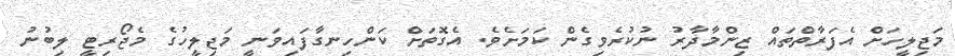
މަޖިލީހަށް އެފަރާތްތައް ޒިންމާދާރު ނުކުރެވިގެން ކަމަށެވެ. އެގޮތަށް ކަންހިނގާފައިވަނީ މަޖިލީހުގެ މެޖޯރިޓީ ލިބުނު